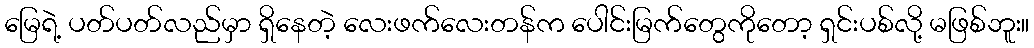
မြေရဲ့ ပတ်ပတ်လည်မှာ ရှိနေတဲ့ လေးဖက်လေးတန်က ပေါင်းမြက်တွေကိုတော့ ရှင်းပစ်လို့ မဖြစ်ဘူး။